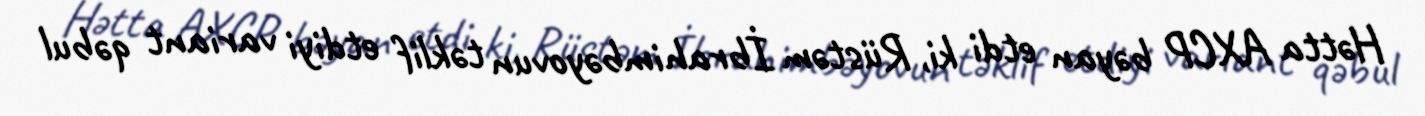
Hətta AXCP bəyan etdi ki, Rüstəm İbrahimbəyovun təklif etdiyi variant qəbul